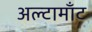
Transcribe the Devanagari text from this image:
अल्टामाँट